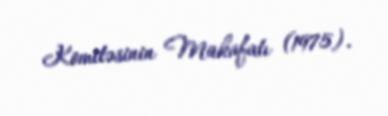
Komitəsinin Mükafatı (1975).